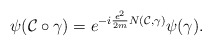
\begin{align*}\psi({\cal C}\circ\gamma)=e^{-i\frac{e^2}{2m}N({\cal C},\gamma)}\psi(\gamma).\end{align*}